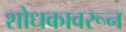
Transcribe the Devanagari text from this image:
शोधकावरून